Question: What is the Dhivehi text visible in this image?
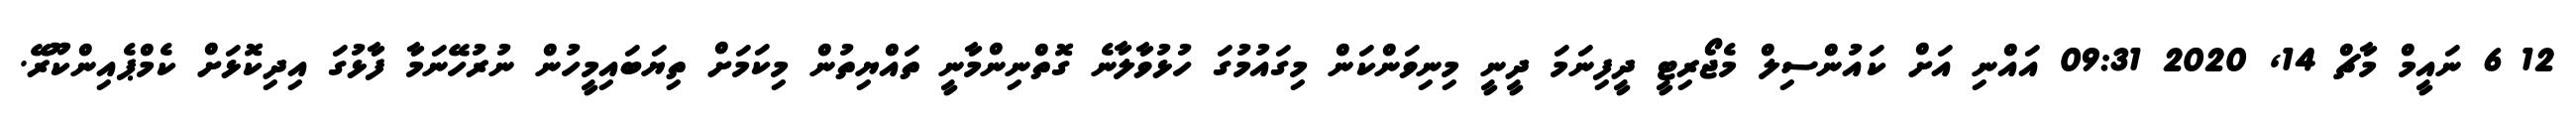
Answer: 12 6 ނައީމް މާޗް 14, 2020 09:31 އައްނި އަށް ކައުންސިލް މެޖޯރިޓީ ދީފިނަމަ ދީނީ މިނިވަންކަން މިގައުމުގަ ހުޅުވާލާނެ ގޮތްނިންމާނީ ތައްޔިތުން މިކަމަށް ތިޔަބައިމީހުން ނުރުހޭނަމާ ފާޅުގަ އިދިކޮޅަށް ކެމްޕެއިންކޫރޭ.